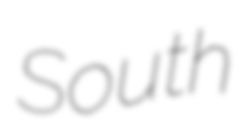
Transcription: South